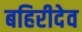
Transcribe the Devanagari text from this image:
बहिरीदेव